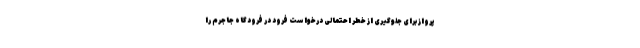
پرواز برای جلوگیری از خطر احتمالی درخواست فرود در فرودگاه جاجرم را